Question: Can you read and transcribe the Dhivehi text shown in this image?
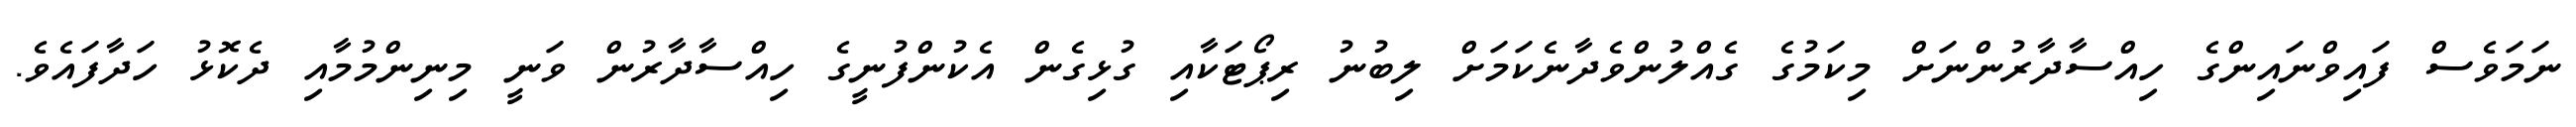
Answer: ނަމަވެސް ފައިވްނައިންގެ ހިއްސާދާރުންނަށް މިކަމުގެ ގެއްލުންވެދާނެކަމަށް ލިބުނު ރިޕޯޓަކާއި ގުޅިގެން އެކުންފުނީގެ ހިއްސާދާރުން ވަނީ މިނިންމުމާއި ދެކޮޅު ހަދާފައެވެ.